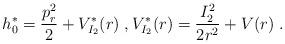
LaTeX: \begin{align*}h_0^*=\frac{p_r^2}{2}+V_{I_2}^*(r) \; , V_{I_2}^*(r)=\frac{I_2^2}{2r^2}+V(r) \; .\end{align*}